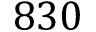
8 3 0